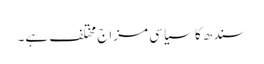
سندھ کا سیاسی مزاج مختلف ہے۔